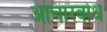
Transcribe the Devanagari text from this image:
आचारबोध